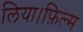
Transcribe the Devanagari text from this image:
लिया।फ़िल्म